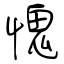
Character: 愧